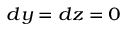
\scriptstyle d y \; = \; d z \; = \; 0